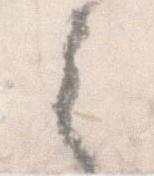
之